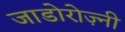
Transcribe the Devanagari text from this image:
जाडोरोज़्नी